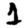
Digit: 1